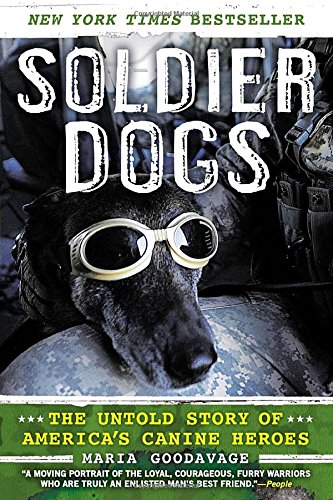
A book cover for Soldier Dogs: The Untold Story of America's Canine Heroes; Maria Goodavage; History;